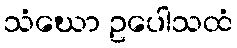
သံဃော ဥပေါသထံ